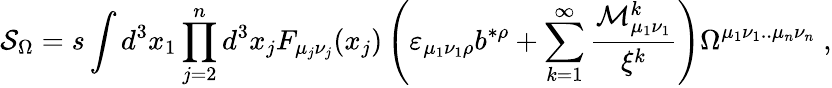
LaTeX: {\cal S}_{\Omega}=s\int d^{3}x_{1}\prod_{j=2}^{n}d^{3}x_{j}F_{\mu_{j}\nu_{j}}(x_{j})\left(\varepsilon_{\mu_{1}\nu_{1}\rho}b^{*\rho}+\sum_{k=1}^{\infty}\frac{{\cal M}_{\mu_{1}\nu_{1}}^{k}}{\xi^{k}}\right)\Omega^{\mu_{1}\nu_{1}..\mu_{n}\nu_{n}}\; ,